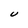
Character: U